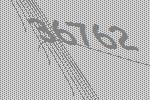
36762